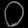
Digit: ၀